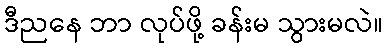
ဒီညနေ ဘာ လုပ်ဖို့ ခန်းမ သွားမလဲ။